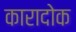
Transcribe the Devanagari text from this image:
कारादोक